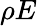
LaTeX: \rho E